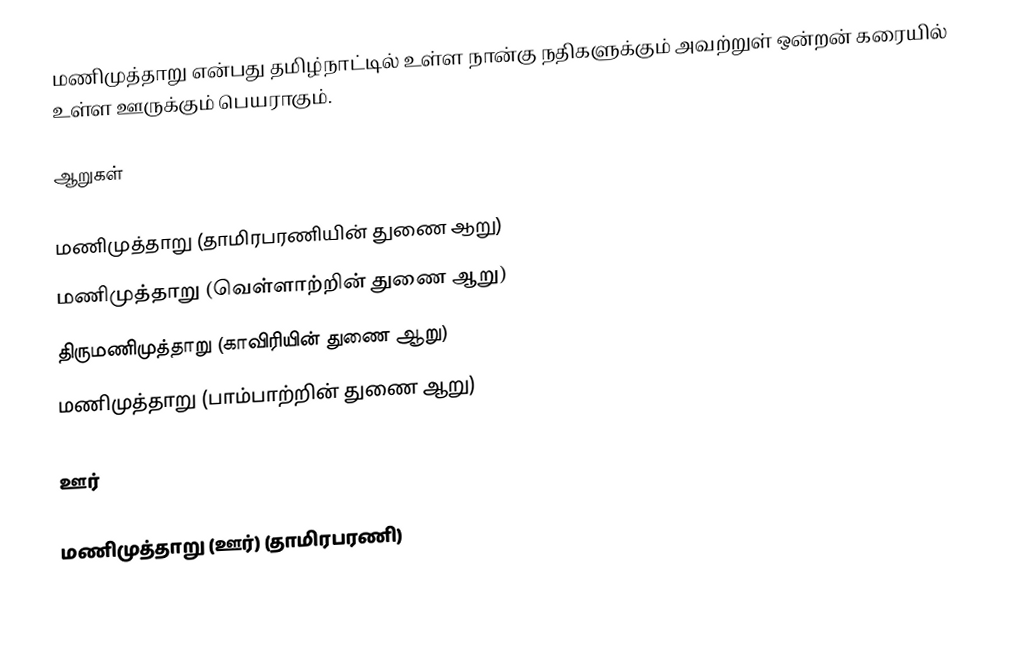
மணிமுத்தாறு என்பது தமிழ்நாட்டில் உள்ள நான்கு நதிகளுக்கும் அவற்றுள் ஒன்றன் கரையில் உள்ள ஊருக்கும் பெயராகும்.

ஆறுகள்

 மணிமுத்தாறு (தாமிரபரணியின் துணை ஆறு)
 மணிமுத்தாறு (வெள்ளாற்றின் துணை ஆறு)
 திருமணிமுத்தாறு (காவிரியின் துணை ஆறு)
 மணிமுத்தாறு (பாம்பாற்றின் துணை ஆறு)

ஊர்

 மணிமுத்தாறு (ஊர்) (தாமிரபரணி)